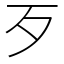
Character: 歹